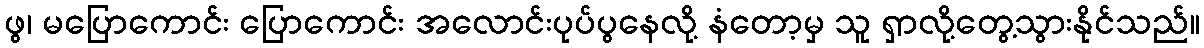
ဖွ၊ မပြောကောင်း ပြောကောင်း အလောင်းပုပ်ပွနေလို့ နံတော့မှ သူ ရှာလို့တွေ့သွားနိုင်သည်။